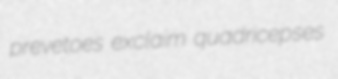
prevetoes exclaim quadricepses